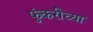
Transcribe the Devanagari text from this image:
फुंकरीच्या